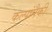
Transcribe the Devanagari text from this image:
कल्पांपैकी